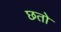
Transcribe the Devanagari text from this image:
छतो